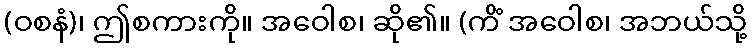
(ဝစနံ)၊ ဤစကားကို။ အဝေါစ၊ ဆို၏။ (ကိံ အဝေါစ၊ အဘယ်သို့